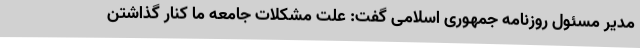
مدیر مسئول روزنامه جمهوری اسلامی گفت: علت مشکلات جامعه ما کنار گذاشتن